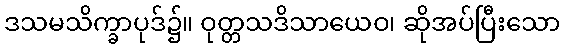
ဒသမသိက္ခာပုဒ်၌။ ဝုတ္တသဒိသာယေဝ၊ ဆိုအပ်ပြီးသော